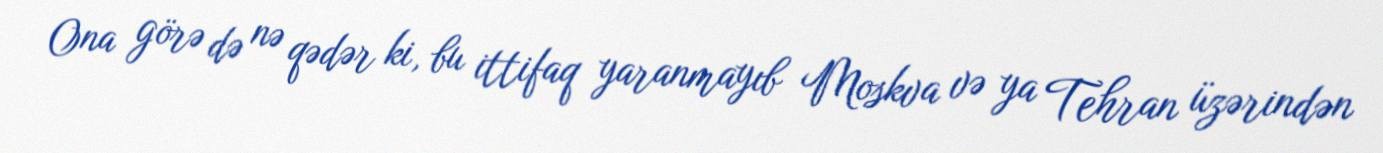
Ona görə də nə qədər ki, bu ittifaq yaranmayıb Moskva və ya Tehran üzərindən